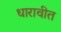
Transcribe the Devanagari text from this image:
धारावीत